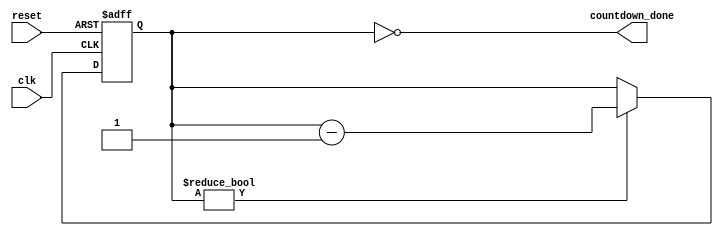
module countdown_timer (
    input wire clk,
    input wire reset,
    output wire countdown_done
);

reg [7:0] counter;

always @(posedge clk or posedge reset) begin
    if (reset) begin
        counter <= 8'b11111111; // Predefined value for countdown
    end else begin
        if (counter != 8'b00000000) begin
            counter <= counter - 1;
        end
    end
end

assign countdown_done = (counter == 8'b00000000);

endmodule